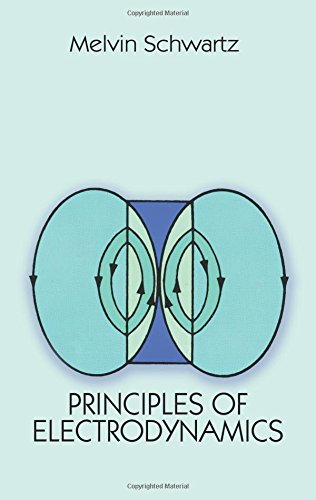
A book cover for Principles of Electrodynamics (Dover Books on Physics); Melvin Schwartz; Science & Math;